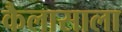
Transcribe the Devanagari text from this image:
कैलासाला